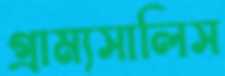
গ্রাম্যসালিস